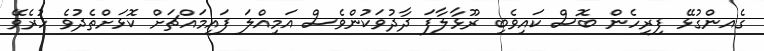
ގެއންގުޅޭ ފިރިހެން ބޮސް ކައިވެބި ރޫޅާލާފަ ދާދުވަަކުންވެސް އަމިއްލަ ފައިމައްޗަށް ކޮޅަށްތެދުވެ ހުރެވޭ